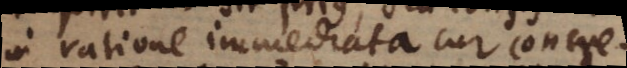
in ratione immediata cur concre